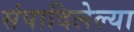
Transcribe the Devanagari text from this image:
संपादिलेल्या